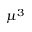
\mu ^ { 3 }